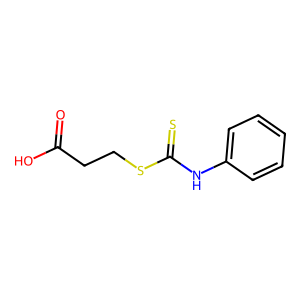
SMILES: O=C(O)CCSC(=S)Nc1ccccc1
Inhibits HIV replication: No